Rangoon Lunatic Asylum 1878-1892 - 1878-1892
Year: 1878
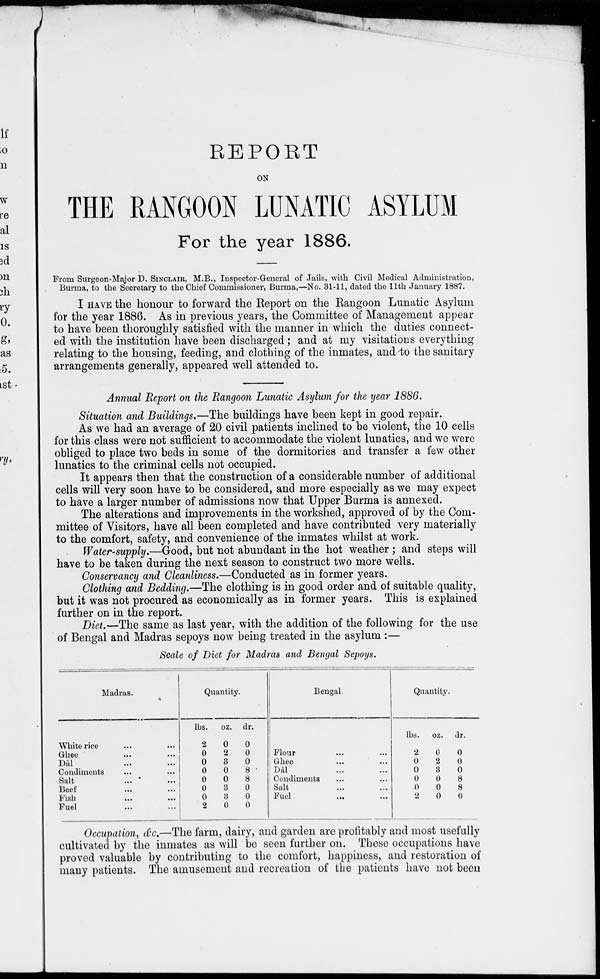
REPORT
ON
THE RANGOON LUNATIC ASYLUM
For the year 1886.
From Surgeon-Major D. SINCLAIR, M.B., Inspector-General of Jails, with Civil Medical Administration,
Burma, to the Secretary to the Chief Commissioner, Burma,—No. 31-11, dated the 11th January 1887.
I HAVE the honour to forward the Report on the Rangoon Lunatic Asylum
for the year 1886. As in previous years, the Committee of Management appear
to have been thoroughly satisfied with the manner in which the duties connect-
ed with the institution have been discharged ; and at my visitations everything
relating to the housing, feeding, and clothing of the inmates, and to the sanitary
arrangements generally, appeared well attended to.
Annual Report on the Rangoon Lunatic Asylum for the year 1886.
Situation and Buildings.—The buildings have been kept in good repair.
As we had an average of 20 civil patients inclined to be violent, the 10 cells
for this class were not sufficient to accommodate the violent lunatics, and we were
obliged to place two beds in some of the dormitories and transfer a few other
lunatics to the criminal cells not occupied.
It appears then that the construction of a considerable number of additional
cells will very soon have to be considered, and more especially as we may expect
to have a larger number of admissions now that Upper Burma is annexed.
The alterations and improvements in the workshed, approved of by the Com-
mittee of Visitors, have all been completed and have contributed very materially
to the comfort, safety, and convenience of the inmates whilst at work.
Water-supply.—Good, but not abundant in the hot weather ; and steps will
have to be taken during the next season to construct two more wells.
Conservancy and Cleanliness.—Conducted as in former years.
Clothing and Bedding.—The clothing is in good order and of suitable quality,
but it was not procured as economically as in former years. This is explained
further on in the report.
Diet.—The same as last year, with the addition of the following for the use
of Bengal and Madras sepoys now being treated in the asylum :—
Scale of Diet for Madras and Bengal
Sepoys.
Madras.
White rice ... ...
Ghee ... ...
Dâl ... ...
Condiments ... ...
Salt
...
...
Beef ... ...
Fish ... ...
Fuel ... ...
Quantity.
lbs.
2
0
0
0
0
0
0
2
oz.
0
2
3
0
0
3
3
0
dr.
0
0
0
8
8
0
0
0
Bengal.
Flour ... ...
Ghee ... ...
Dal ... ...
Condiments ... ...
Salt ... ...
Fuel ... ...
Quantity.
lbs.
2
0
0
0
0
2
oz.
0
2
3
0
0
0
dr.
0
0
0
8
8
0
Occupation, &c.—The farm, dairy, and garden are profitably and most usefully
cultivated by the inmates as will be seen further on. These occupations have
proved valuable by contributing to the comfort, happiness, and restoration of
many patients. The amusement and recreation of the patients have not been